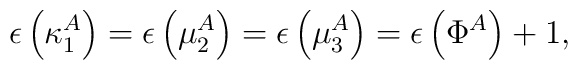
\epsilon \left( \kappa _{1}^{A}\right) =\epsilon \left( \mu _{2}^{A}\right)=\epsilon \left( \mu _{3}^{A}\right) =\epsilon \left( \Phi ^{A}\right) +1,